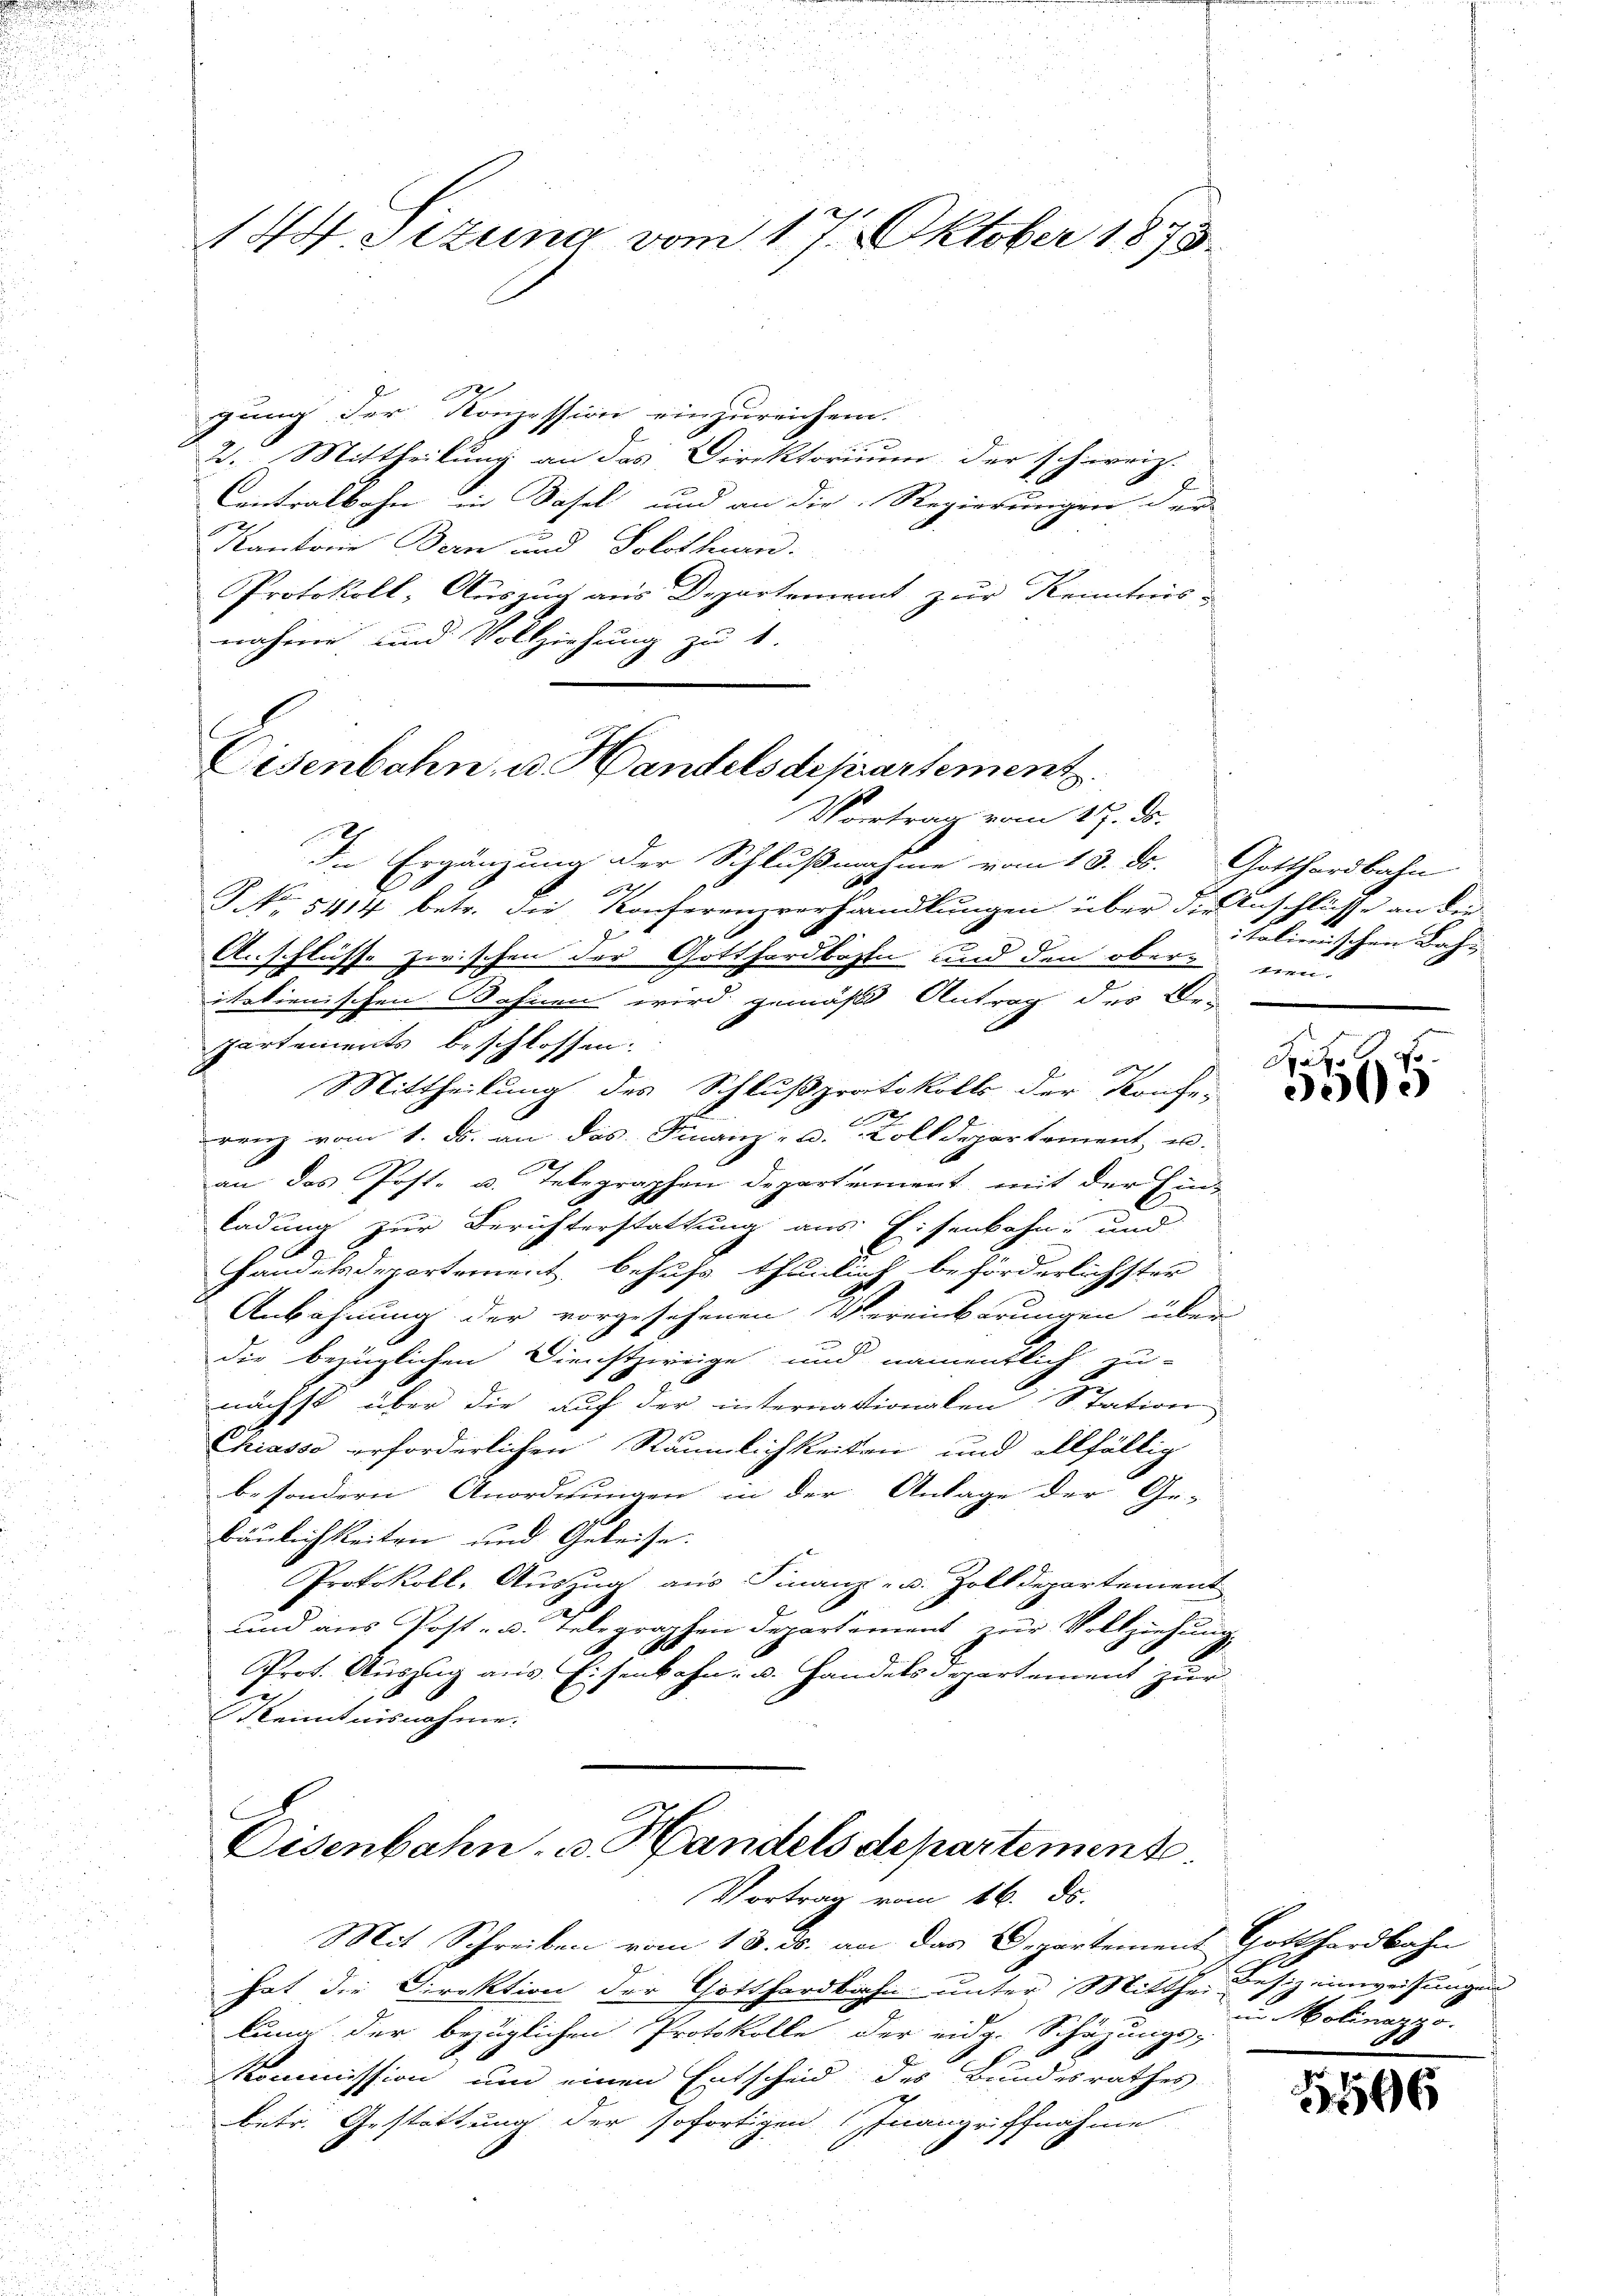
144. Sizung vom 17. Oktober 1878.

d
gung der Konzession einzureichen.
2. Mittheilung an das Direktorium der schweiz.
Centralbahn in Basel und an die Regierungen der
Kantone Bern und Solothurn.
Protokoll, Auszug aus Departement zur Kenntnisnahme und Vollziehung zu 1.

Eisenbahn, u. Handelsdepartement
Vortrag vom 17. ds.

Vortrag vom 16. ds.

Die Ergänzung der Schlußnahme vom 13. ds. Gotthardbahn
227
S. 5414 betr. die Konferenzverhandlŭngen über die Anschlüsse an die
d
24
Anschlüsse zwischen der Gotthardbahn und den ober neu-
itationischen Bahnen wird gemäß Antrag des Be-
partements beschlossen:
Mittheilung des Schlußprotokolls der Konfe-
renz vom 1. ds. an das Finanz- u. Zolldepartement u.
an das Post- u. Telegraphen Departement, mit der Ein-
ladung zur Berichterstattung aus Eisenbahn- und
Handelsdepartement behufs thunlich beforderlichster
Anbahnung der vorgesehenen Vereinberungen über
die bezüglichen Dienstzweige und namentlich zu-
e
nächst über die auf der internationalen Station
Chiasso erforderlichen Räumlichkeiten und allfällig
besondern Anordnungen in der Anlage der Ge-
bäulichkeiten und Geleise.
Protokoll, Auszug aus Finanz- u. Zolldepartement
und aus Post- u. Telegraphen Departement zur Vollziehung
d
Prot. Auszug aus Eisenbahn- u. Handels Departement zur
kenntnisnahme.
x
Eisenbahn- u. Handels departement.

Mit Schreiben vom 13. ds. an das Departement Gotthardbahn
hat die Direktion der Gotthardbahn unter Mitthei Besizeinweisungen
g
lung der bezüglichen Protokolle der eidg. Schazungs-
Kommission um einen Entscheid des Bundesrathes
betr. Gestattung der sofortigen Inangriffnahme

italienischen Bahn

Daz
3005

n Molinaggo.

1596